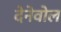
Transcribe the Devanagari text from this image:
देनेवोल